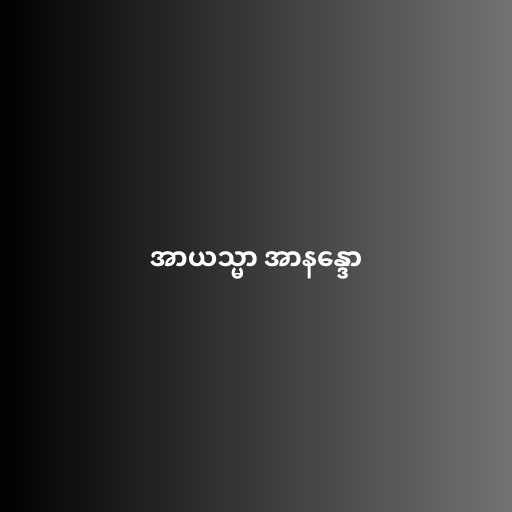
အာယသ္မာ အာနန္ဒော